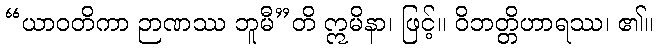
“ယာဝတိကာ ဉာဏဿ ဘူမီ”တိ ဣမိနာ၊ ဖြင့်။ ဝိဘတ္တိဟာရဿ၊ ၏။